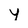
Character: y